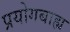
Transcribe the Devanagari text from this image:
प्रयोगबाह्य